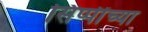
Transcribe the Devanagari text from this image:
सिप्पींच्या